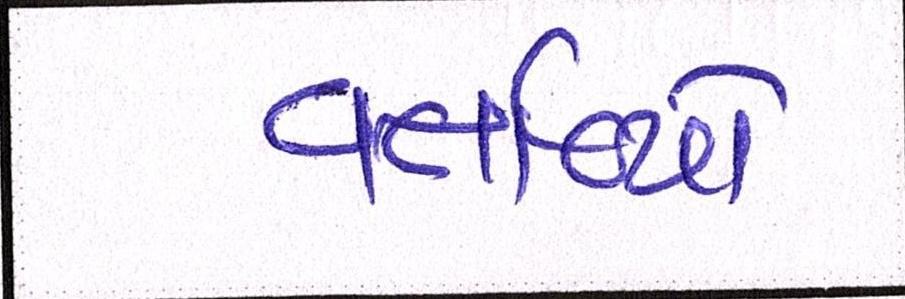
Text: વર્તાવ્યો